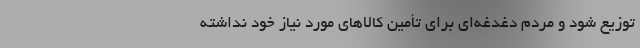
توزیع شود و مردم دغدغه‌ای برای تأمین کالاهای مورد نیاز خود نداشته